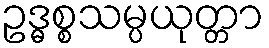
ဥဒ္ဓစ္စသမ္ပယုတ္တာ